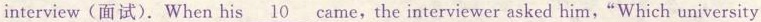
interview(面试).When his\underline{10} came,the interviewer asked him,"Which university